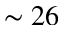
\sim 2 6